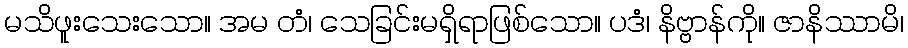
မသိဖူးသေးသော။ အမ တံ၊ သေခြင်းမရှိရာဖြစ်သော။ ပဒံ၊ နိဗ္ဗာန်ကို။ ဇာနိဿာမိ၊